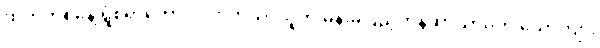
ထက်တစ်နေ့ ရွံစရာကောင်းလာတယ်၊ သူက မိန်းမပြည့်တန်ဆာသာမက ယောက်ျား